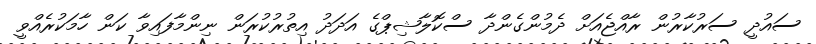
ސައުދީ ސަރުކާރުން ރާއްޖެއަށް ދެމުންގެންދާ ސްކޮލާޝިޕްގެ އަދަދު އިތުރުކުރަން ނިންމާފައިވާ ކަން ހާމަކުރެއްވީ